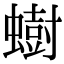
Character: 𫋚